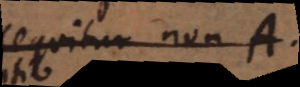
sequitur non A.